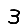
Digit: 3